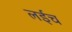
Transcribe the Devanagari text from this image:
लईच